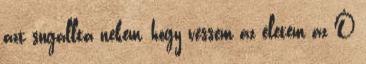
azt sugallta nekem, hogy vessem az életem az Ő